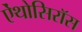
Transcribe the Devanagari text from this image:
ऐंथोसिरॉस